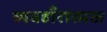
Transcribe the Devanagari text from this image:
व्यवहाँरात्मक